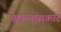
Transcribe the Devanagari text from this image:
महान्यासकार